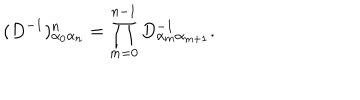
( D ^ { - 1 } ) _ { \alpha _ { 0 } \alpha _ { n } } ^ { n } = \prod _ { m = 0 } ^ { n - 1 } D _ { \alpha _ { m } \alpha _ { m + 1 } } ^ { - 1 } .